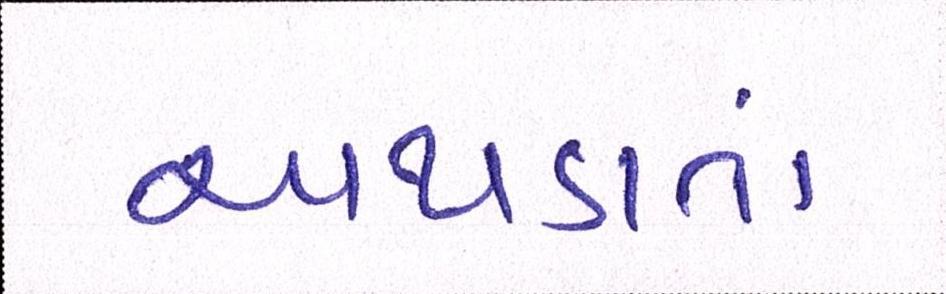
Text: અથડાતાં